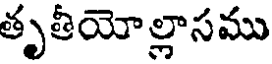
తృతీయోల్లాసము